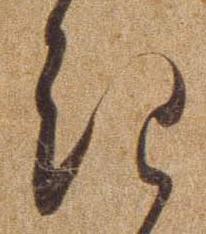
き